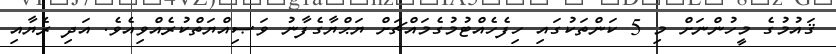
ޤައުމުގެ މީހުންނަށް މި 5 ކަންތަކުގައި ހިފެހެއްޓުމުގެމައްޗަށް ޔަޙްޔާގެފާނު ވަޞިއްޔަތްކުރެއްވިއެވެ. އަދި ރެޔާއި